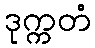
ဒုက္ကတံ